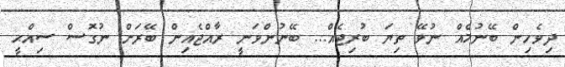
ދިވެހިން ބޭނުމެއް ނުވޭ ތިޔަ ބުރިޖެއް... ބޭނުންވަނީ ރާއްޖެއިން ބޭރަށް ނުގޮސް ސިއްޙީ